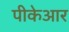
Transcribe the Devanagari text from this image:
पीकेआर